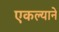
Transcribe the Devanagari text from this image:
एकल्याने